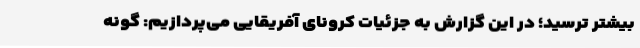
بیشتر ترسید؛ در این گزارش به جزئیات کرونای آفریقایی می‌پردازیم: گونه